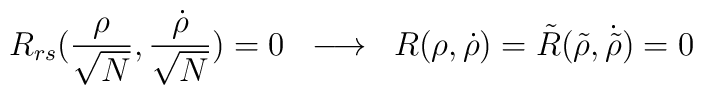
R_{rs} ( \frac{\rho}{\sqrt N} , \frac{\dot{\rho}}{\sqrt N}   ) = 0 \; \; \longrightarrow \; \; R(\rho , \dot{\rho}   ) = \tilde{R}(\tilde{\rho} , \dot{\tilde{\rho}} ) = 0